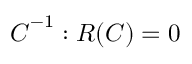
\boldsymbol { C } ^ { - 1 } : \boldsymbol { R } ( \boldsymbol { C } ) = 0